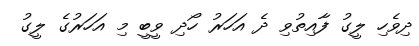
ދިވެހި ލީގު ފާއިތުވި ދެ އަހަރު ހޯދި ވީބީ މި އަހަރުގެ ލީގު